Report of the Indian Hemp Drugs Commission, 1894-1895 - Volume II
Year: 1894
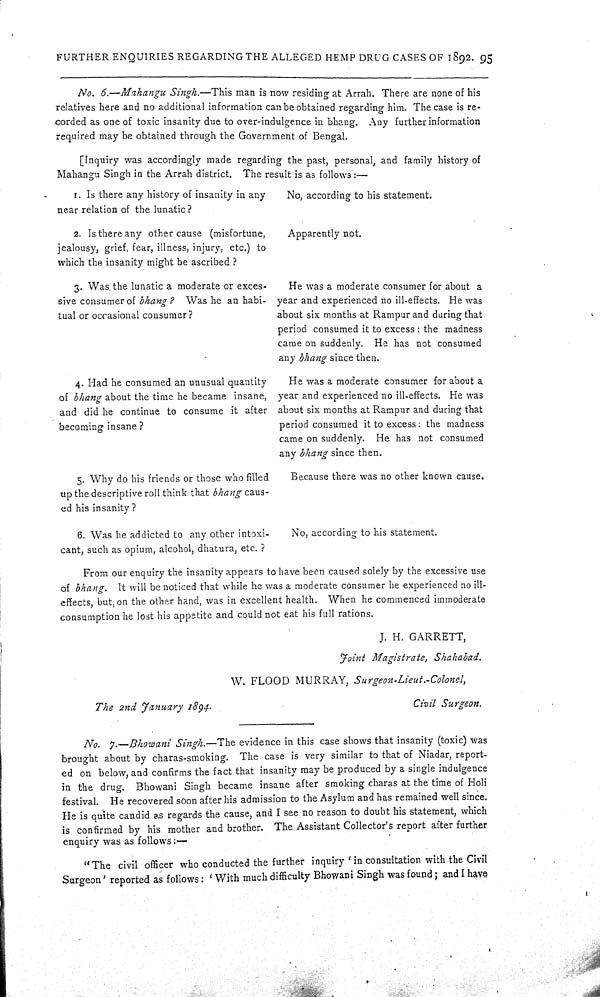
FURTHER ENQUIRIES REGARDING THE ALLEGED HEMP DRUG CASES OF 1892. 95
No. 6.—Mahangu Singh.—This man is now residing at Arrah. There are none of his
relatives here and no additional information can be obtained regarding him. The case is re-
corded as one of toxic insanity due to over-indulgence in bhang. Any further information
required may be obtained through the Government of Bengal.
[Inquiry was accordingly made regarding the past, personal, and family history of
Mahangu Singh in the Arrah district. The result is as follows:—
1. Is there any history of insanity in any
near relation of the lunatic ?
No, according to his statement.
2. Is there any other cause (misfortune,
jealousy, grief, fear, illness, injury, etc.) to
which the insanity might be ascribed ?
Apparently not.
3. Was the lunatic a moderate or exces-
sive consumer of bhang ? Was he an habi-
tual or occasional consumer?
He was a moderate consumer for about a
year and experienced no ill-effects. He was
about six months at Rampur and during that
period consumed it to excess: the madness
came on suddenly. He has not consumed
any bhang since then.
4. Had he consumed an unusual quantity
of bhang about the time he became insane,
and did he continue to consume it after
becoming insane ?
He was a moderate consumer for about a
year and experienced no ill-effects. He was
about six months at Rampur and during that
period consumed it to excess: the madness
came on suddenly. He has not consumed
any bhang since then.
5. Why do his friends or those who filled
up the descriptive roll think that bhang caus-
ed his insanity?
Because there was no other known cause.
6. Was he addicted to any other intoxi-
cant, such as opium, alcohol, dhatura, etc. ?
No, according to his statement.
From our enquiry the insanity appears to have been caused solely by the excessive use
of bhang. It will be noticed that while he was a moderate consumer he experienced no ill-
effects, but, on the other hand, was in excellent health. When he commenced immoderate
consumption he lost his appetite and could not eat his full rations.
J. H. GARRETT,
Joint Magistrate,
Shahabad.
W. FLOOD MURRAY,
Surgeon-Lieut.-Colonel,
The 2nd January 1894.
Civil Surgeon.
No. 7.—Bhowani Singh.—The evidence in this case shows that insanity (toxic) was
brought about by charas-smoking. The case is very similar to that of Niadar, report-
ed on below, and confirms the fact that insanity may be produced by a single indulgence
in the drug. Bhowani Singh became insane after smoking charas at the time of Holi
festival. He recovered soon after his admission to the Asylum and has remained well since.
He is quite candid as regards the cause, and I see no reason to doubt his statement, which
is confirmed by his mother and brother. The Assistant Collector's report after further
enquiry was as follows:—
"The civil officer who conducted the further inquiry 'in consultation with the Civil
Surgeon' reported as follows: 'With much difficulty Bhowani Singh was found; and I have